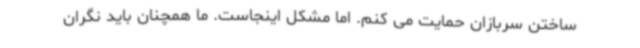
ساختن سربازان حمایت می کنم. اما مشکل اینجاست. ما همچنان باید نگران